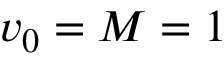
v _ { 0 } = M = 1